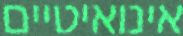
אינואיטיים